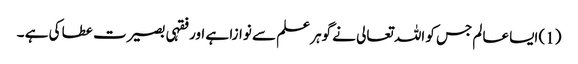
(1) ایسا عالم جس کو اللہ تعالی نے گوہر علم سے نوازا ہے اور فقہی بصیرت عطا کی ہے ۔